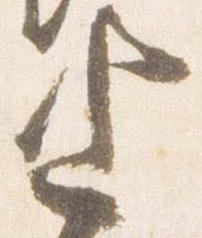
上